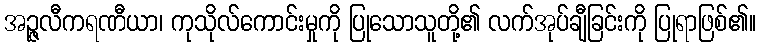
အဉ္ဇလီကရဏီယာ၊ ကုသိုလ်ကောင်းမှုကို ပြုသောသူတို့၏ လက်အုပ်ချီခြင်းကို ပြုရာဖြစ်၏။